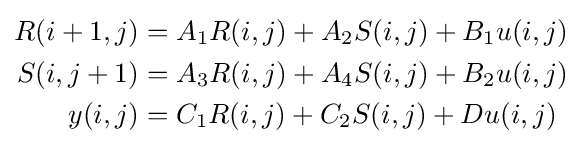
{\begin{aligned}R(i+1,j)&=A_{1}R(i,j)+A_{2}S(i,j)+B_{1}u(i,j)\\S(i,j+1)&=A_{3}R(i,j)+A_{4}S(i,j)+B_{2}u(i,j)\\y(i,j)&=C_{1}R(i,j)+C_{2}S(i,j)+Du(i,j)\end{aligned}}